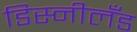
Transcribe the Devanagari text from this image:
डिस्नीलँड